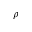
\rho